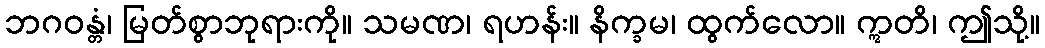
ဘဂဝန္တံ၊ မြတ်စွာဘုရားကို။ သမဏ၊ ရဟန်း။ နိက္ခမ၊ ထွက်လော။ ဣတိ၊ ဤသို့။